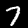
Digit: 7